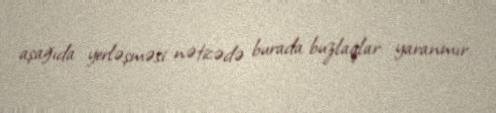
aşağıda yerləşməsi nəticədə burada buzlaqlar yaranmır.